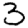
Digit: 3